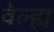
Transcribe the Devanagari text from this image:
वेल्ह्म